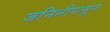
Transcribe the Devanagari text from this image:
जनिनीपासून